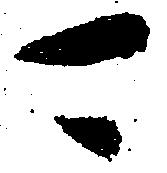
可